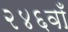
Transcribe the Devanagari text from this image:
२४६वाँ